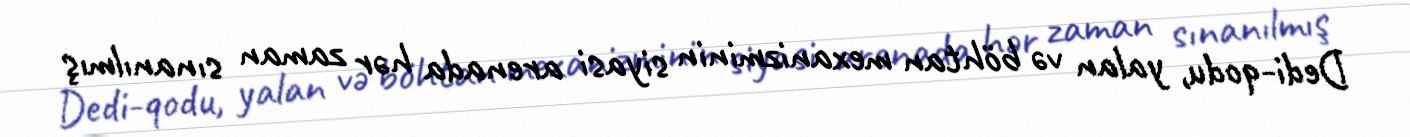
Dedi-qodu, yalan və böhtan mexanizminin siyasi arenada hər zaman sınanılmış